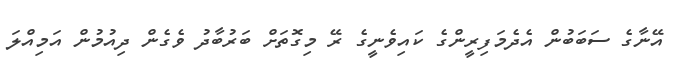
އޭނާގެ ސަބަބުން އެދެމަފިރީންގެ ކައިވެނީގެ ރޭ މިގޮތަށް ބަރުބާދު ވެގެން ދިއުމުން އަމިއްލަ